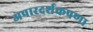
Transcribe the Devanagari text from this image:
अपारदर्शकपणा